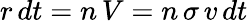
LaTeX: r\, dt=n\, V=n\, \sigma\, v\, dt